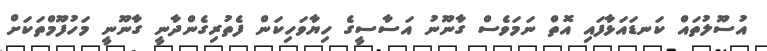
އުސޫލުތައް ކަނޑައަޅާފައި އޮތް ނަމަވެސް ގާނޫނު އަސާސީގެ ހިޔާވަހިކަން ފެތުރިގެންދާނީ ގާނޫނީ މަހުފޫމްތަކަށް